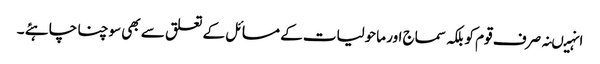
انہیںنہ صرف قوم کو بلکہ سماج اور ماحولیات کے مسائل کے تعلق سے بھی سوچنا چاہئے ۔